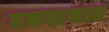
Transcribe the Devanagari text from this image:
मकड़ाजाल